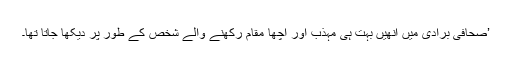
’صحافی برادی میں انھیں بہت ہی مہذب اور اچھا مقام رکھنے والے شخص کے طور پر دیکھا جاتا تھا۔